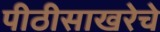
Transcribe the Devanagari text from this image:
पीठीसाखरेचे